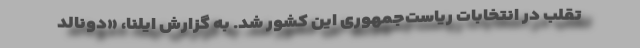
تقلب در انتخابات ریاست‌جمهوری این کشور شد. به گزارش ایلنا، «دونالد